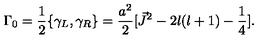
{ \Gamma } _ { 0 } = \frac { 1 } { 2 } \{ { \gamma } _ { L } , { \gamma } _ { R } \} = \frac { a ^ { 2 } } { 2 } [ \vec { J } ^ { 2 } - 2 l ( l + 1 ) - \frac { 1 } { 4 } ] .